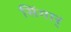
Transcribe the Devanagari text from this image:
सिंगार्